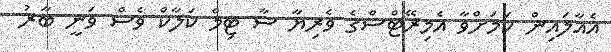
އެއާލައިން ކަމަށްވާ އެމިރޭޓްސްގެ ވެރިޔާ ސާ ޓިމް ކަލާކް ވެސް ވަނީ ބާރު